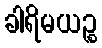
ခါရိမယဉ္စ